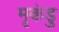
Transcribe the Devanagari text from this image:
मृकंडु